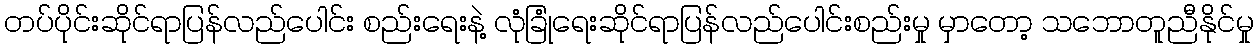
တပ်ပိုင်းဆိုင်ရာပြန်လည်ပေါင်း စည်းရေးနဲ့ လုံခြုံရေးဆိုင်ရာပြန်လည်ပေါင်းစည်းမှု မှာတော့ သဘောတူညီနိုင်မှု